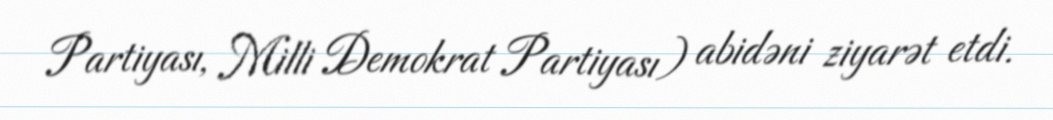
Partiyası, Milli Demokrat Partiyası) abidəni ziyarət etdi.